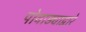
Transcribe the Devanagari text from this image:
पोवाड्याद्वारे